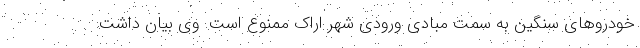
خودروهای سنگین به سمت مبادی ورودی شهر اراک ممنوع است. وی بیان داشت: